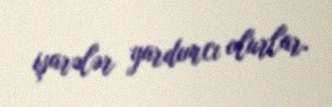
işarələr yardımcı olurlar.